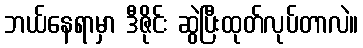
ဘယ်နေရာမှာ ဒီဇိုင်း ဆွဲပြီးထုတ်လုပ်တာလဲ။